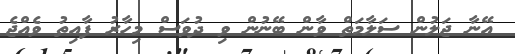
އޭނާ ޖަލުން ސަލާމަތް ވާން ބޭނުން ވި ދުވަސް މިހާރު ފާއިތު ވެއްޖެ